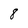
Character: 8